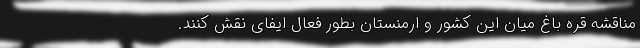
مناقشه قره باغ میان این کشور و ارمنستان بطور فعال ایفای نقش کنند.